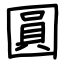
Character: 圓